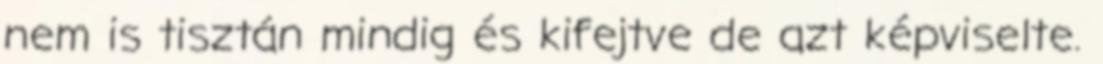
nem is tisztán mindig és kifejtve de azt képviselte.